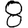
Digit: 8